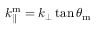
k _ { \parallel } ^ { \mathrm { m } } = k _ { \perp } \tan \theta _ { \mathrm { m } }